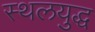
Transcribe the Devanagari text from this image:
स्थलयुद्ध